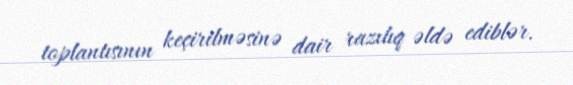
toplantısının keçirilməsinə dair razılıq əldə ediblər.